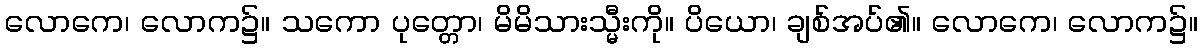
လောကေ၊ လောက၌။ သကော ပုတ္တော၊ မိမိသားသ္မီးကို။ ပိယော၊ ချစ်အပ်၏။ လောကေ၊ လောက၌။